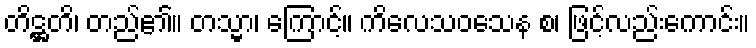
တိဋ္ဌတိ၊ တည်၏။ တသ္မာ၊ ကြောင့်။ ကိလေသဝသေန စ၊ ဖြင့်လည်းကောင်း။